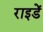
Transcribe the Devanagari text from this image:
राइडें